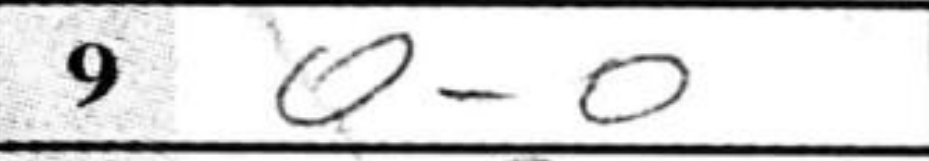
Transcription: O-O